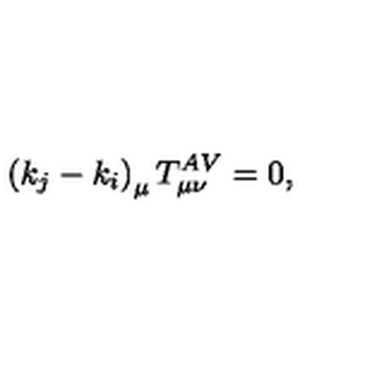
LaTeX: \left( k _ { j } - k _ { i } \right) _ { \mu } T _ { \mu \nu } ^ { A V } = 0 ,